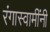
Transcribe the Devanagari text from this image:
रंगास्वामींनी